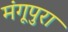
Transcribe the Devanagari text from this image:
मंगूपुरा